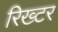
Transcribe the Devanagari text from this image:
रिख्टर